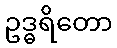
ဥဒ္ဓရိတော